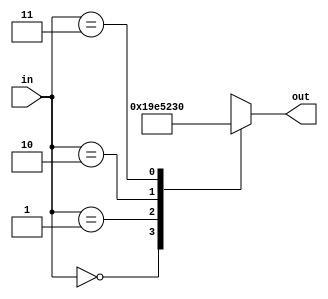

module floor_transcoder(
    input [1:0] in,
    output reg [6:0] out
    );

always @(in)
    begin
    case(in)
    2'b00: out= 7'b000_1100;
    2'b01: out= 7'b111_1001;
    2'b10: out= 7'b010_0100;
    2'b11: out= 7'b011_0000;
    endcase
    end
    
endmodule